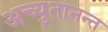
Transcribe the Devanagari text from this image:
अच्युतानन्त